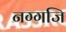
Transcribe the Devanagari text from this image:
नग्गजि